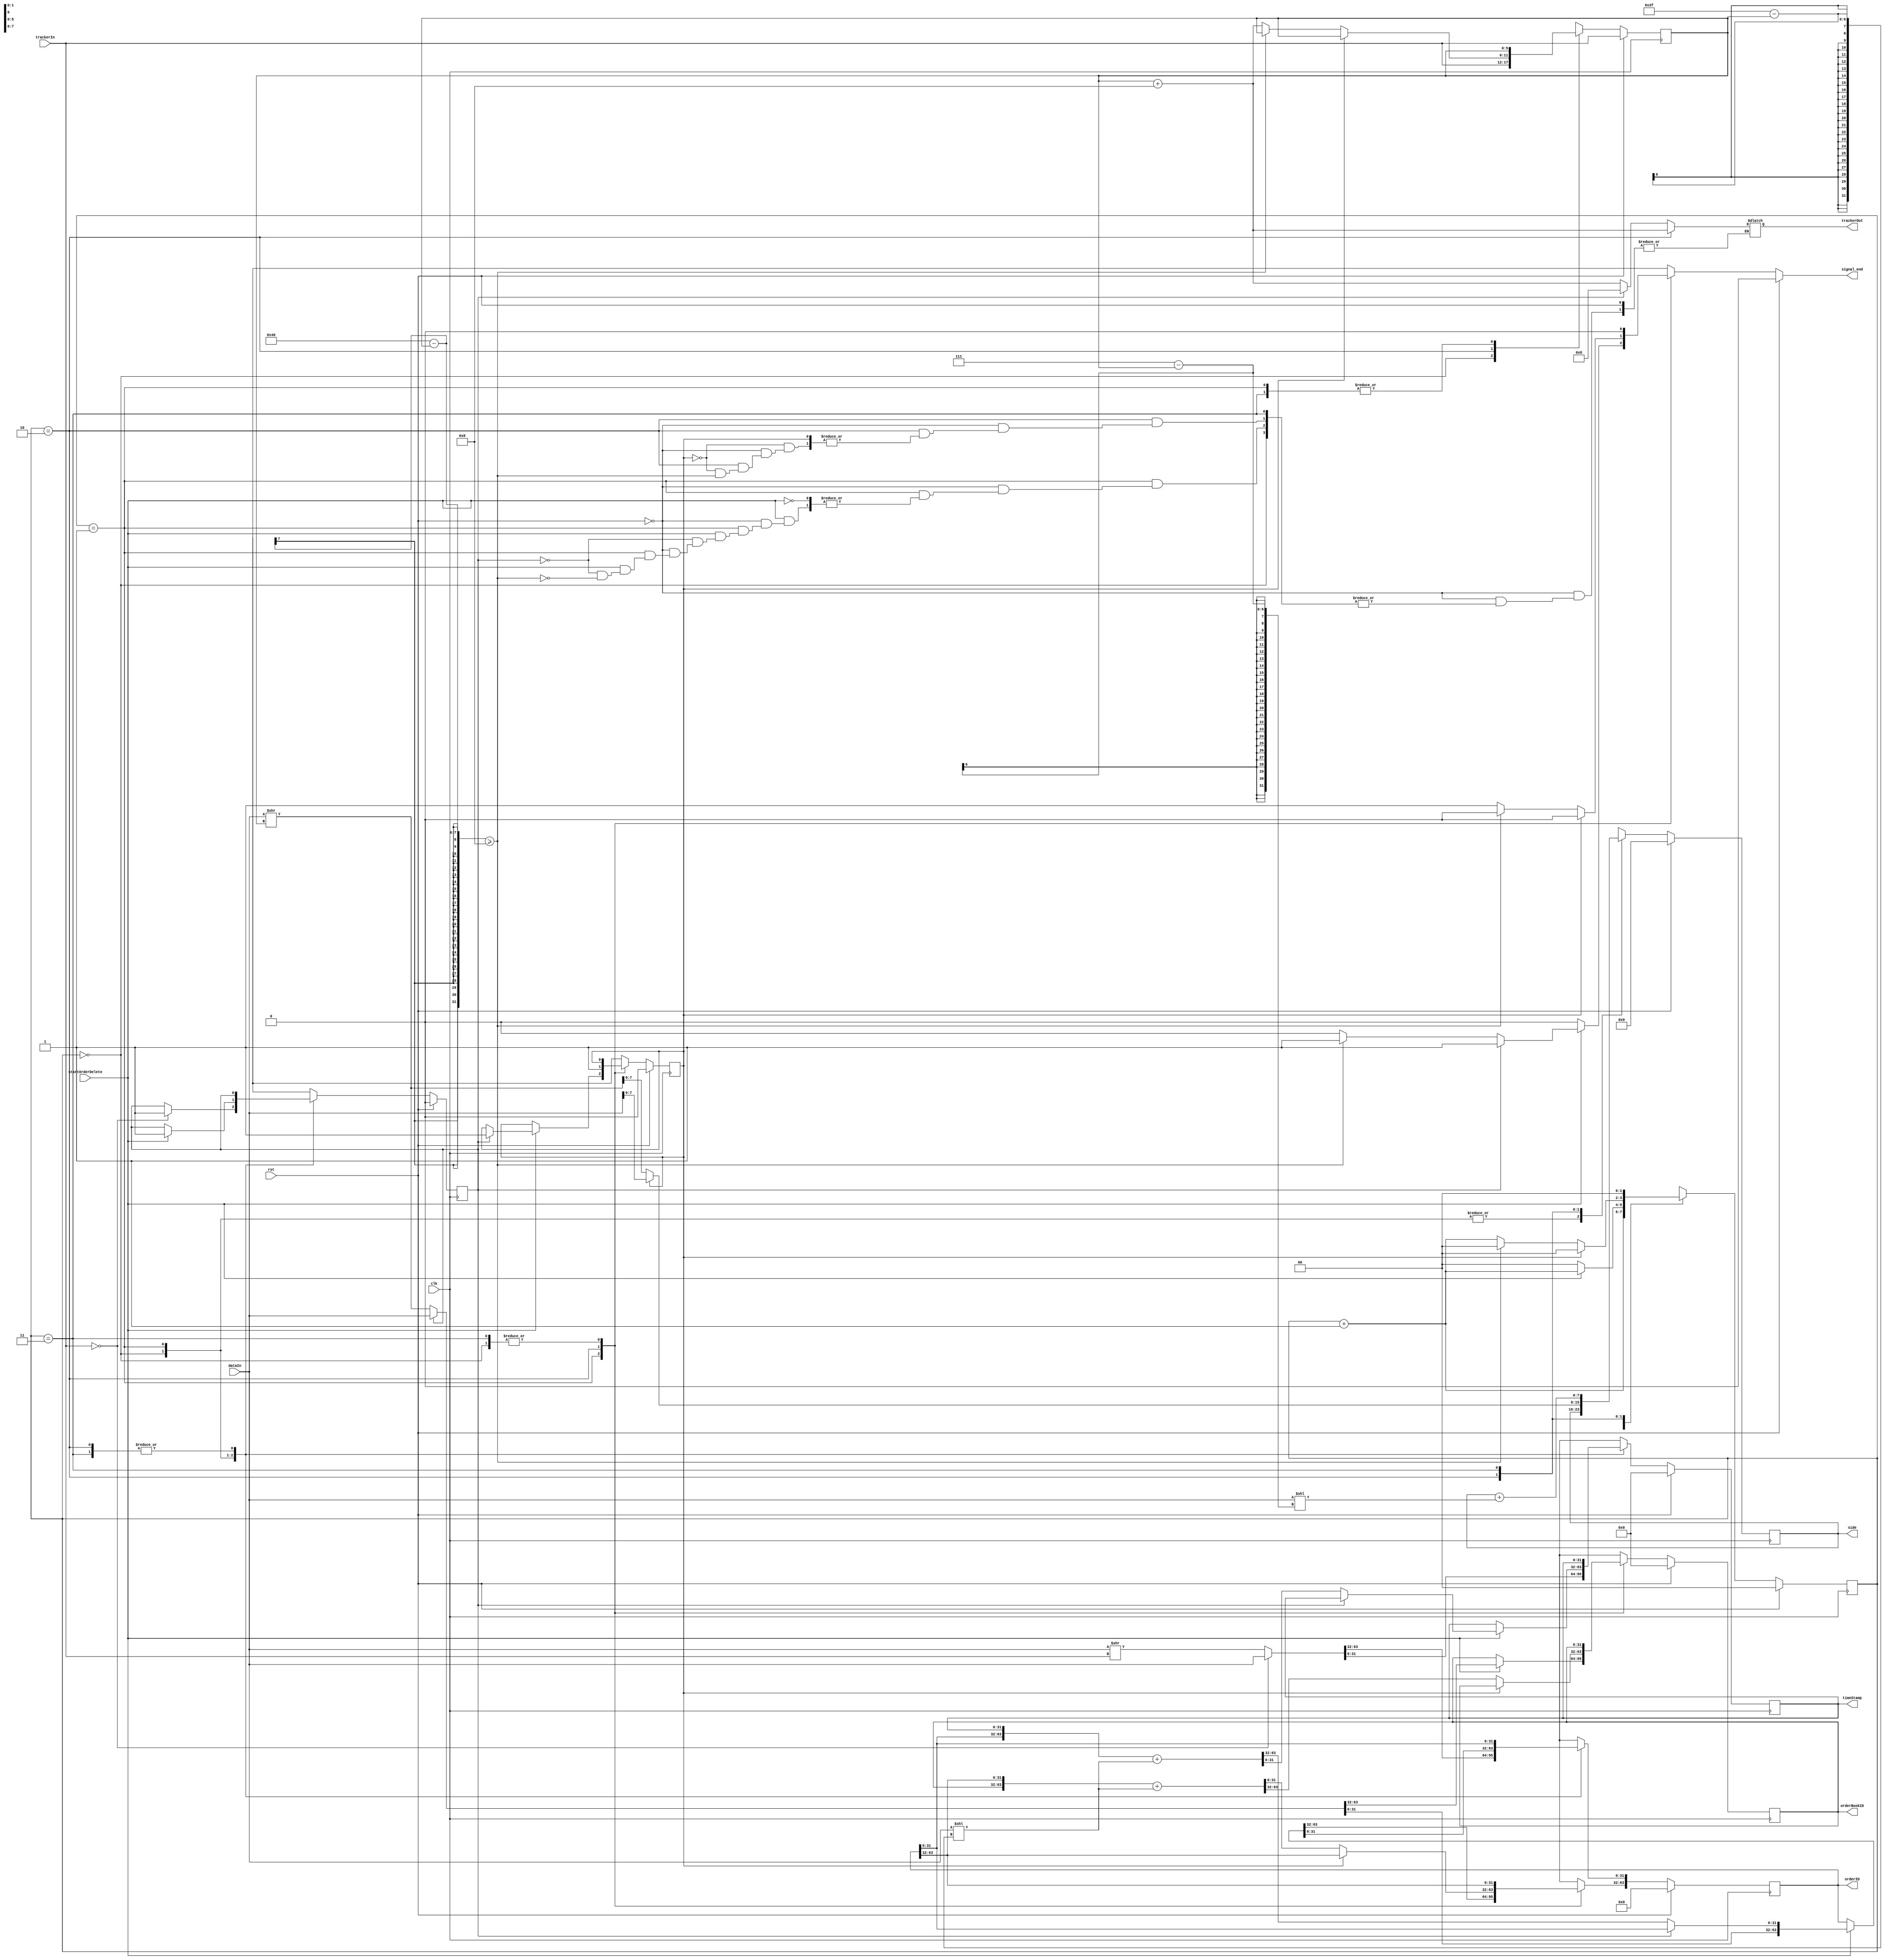
module orderDeleteParser ( // always signal to end one clock cycle before actual END. also assign trackerOut one cycle before actual END.
    input clk, rst,
    input [63:0] dataIn,
    input [5:0] trackerIn,
    input startOrderDelete,
    output reg signal_end,
    output reg [31:0] timeStamp,
    output reg [63:0] orderID,
    output reg [31:0] orderBookID,
    output reg [7:0] side,
    output reg [5:0] trackerOut
);

// transition registers
reg [1:0] counter, counterNext;
reg [5:0] tracker, trackerNext;
// field registers
reg [31:0] timeStampNext;
reg [63:0] orderIDNext;
reg [31:0] orderBookIDNext;
reg [7:0] sideNext;
// valid registers
reg timeStampValid, timeStampValidNext;
reg orderIDValid, orderIDValidNext;
reg orderBookIDValid, orderBookIDValidNext;
reg sideValid, sideValidNext;

always @(posedge clk) begin
    // transition registers
    counter <= counterNext;
    tracker <= trackerNext;
    // field registers
    timeStamp <= timeStampNext;
    orderID <= orderIDNext;
    orderBookID <= orderBookIDNext;
    side <= sideNext;
    // valid registers
    timeStampValid <= timeStampValidNext;
    orderBookIDValid <= orderBookIDValidNext;
    orderIDValid <= orderIDValidNext;
    sideValid <= sideValidNext;
end

always @* begin
    // transition registers
    counterNext = counter;
    trackerNext = tracker;
    signal_end = 0;
    // field registers
    timeStampNext = timeStamp;
    orderIDNext = orderID;
    orderBookIDNext = orderBookID;
    sideNext = side;
    // valid registers
    timeStampValidNext = timeStampValid;
    orderBookIDValidNext = orderBookIDValid;
    orderIDValidNext = orderIDValid;
    sideValidNext = sideValid;
    if (rst) begin
        // transition registers
        counterNext = 0;
        trackerNext = trackerIn;
        signal_end = 0;
        // field registers
        timeStampNext = 32'h0;
        orderIDNext = 64'h0;
        orderBookIDNext = 32'h0;
        sideNext = 8'h0;
        // valid registers
        timeStampValidNext = 0;
        orderBookIDValidNext = 0;
        orderIDValidNext = 0;
        sideValidNext = 0;
    end 
    else begin
        case (counter)
            0: begin
                if (trackerIn == 0) begin
                    {orderIDNext[31:0], timeStampNext} = dataIn;
                    timeStampValidNext = 1;
                    trackerNext = trackerIn;
                end
                else begin
                    {orderIDNext[31:0], timeStampNext} = dataIn >> trackerIn;
                    trackerNext = trackerIn;
                end
                counterNext = counter + 1;
            end
            1: begin
                if (startOrderDelete) begin
                    if (timeStampValid) begin
                        {orderBookIDNext, orderIDNext[63:32]} = dataIn;
                        orderIDValidNext = 1;
                        orderBookIDValidNext = 1;
                        //SIGNAL TO END.
                        trackerOut = 8;
                        signal_end = 1;
                    end
                    else begin
                        {orderIDNext[31:0], timeStampNext} = {orderID[31:0], timeStamp} + (dataIn << (64-1-tracker));
                        timeStampValidNext = 1;
                        {orderBookIDNext, orderIDNext[63:32]} = dataIn >> tracker;
                        if (64 - tracker >= 8) begin
                            //SIGNAL TO END.
                            trackerOut = tracker + 8;
                            signal_end = 1;
                        end
                    end
                    counterNext = counter + 1;
                end
                else begin
                    counterNext = 0;
                end
            end
            2: begin
                if (orderBookIDValid) begin
                    sideNext = dataIn;
                    sideValidNext = 1;
                    counterNext = 0; //GO TO INITIAL STATE.
                end
                else begin
                    {orderBookIDNext, orderIDNext[63:32]} = {orderBookID, orderID[63:32]} + (dataIn << (64-1-tracker));
                    orderIDValidNext = 1;
                    orderBookIDValidNext = 1;
                    sideNext = dataIn >> tracker;
                    if (64 - tracker >= 8) begin
                        sideValidNext = 1;
                        counterNext = 0; //GO TO INITIAL STATE.
                    end
                    else begin
                        trackerNext = tracker + 8;
                        counterNext = counter + 1;
                        //SIGNAL TO END.
                        signal_end = 1;
                        trackerOut = tracker + 8;
                    end
                end
            end
            3: begin
                sideNext = side + (dataIn << (8-1-tracker));
                sideValidNext = 1;
                counterNext = 0; //GO TO INITIAL STATE.
            end 
        endcase
    end
end

endmodule